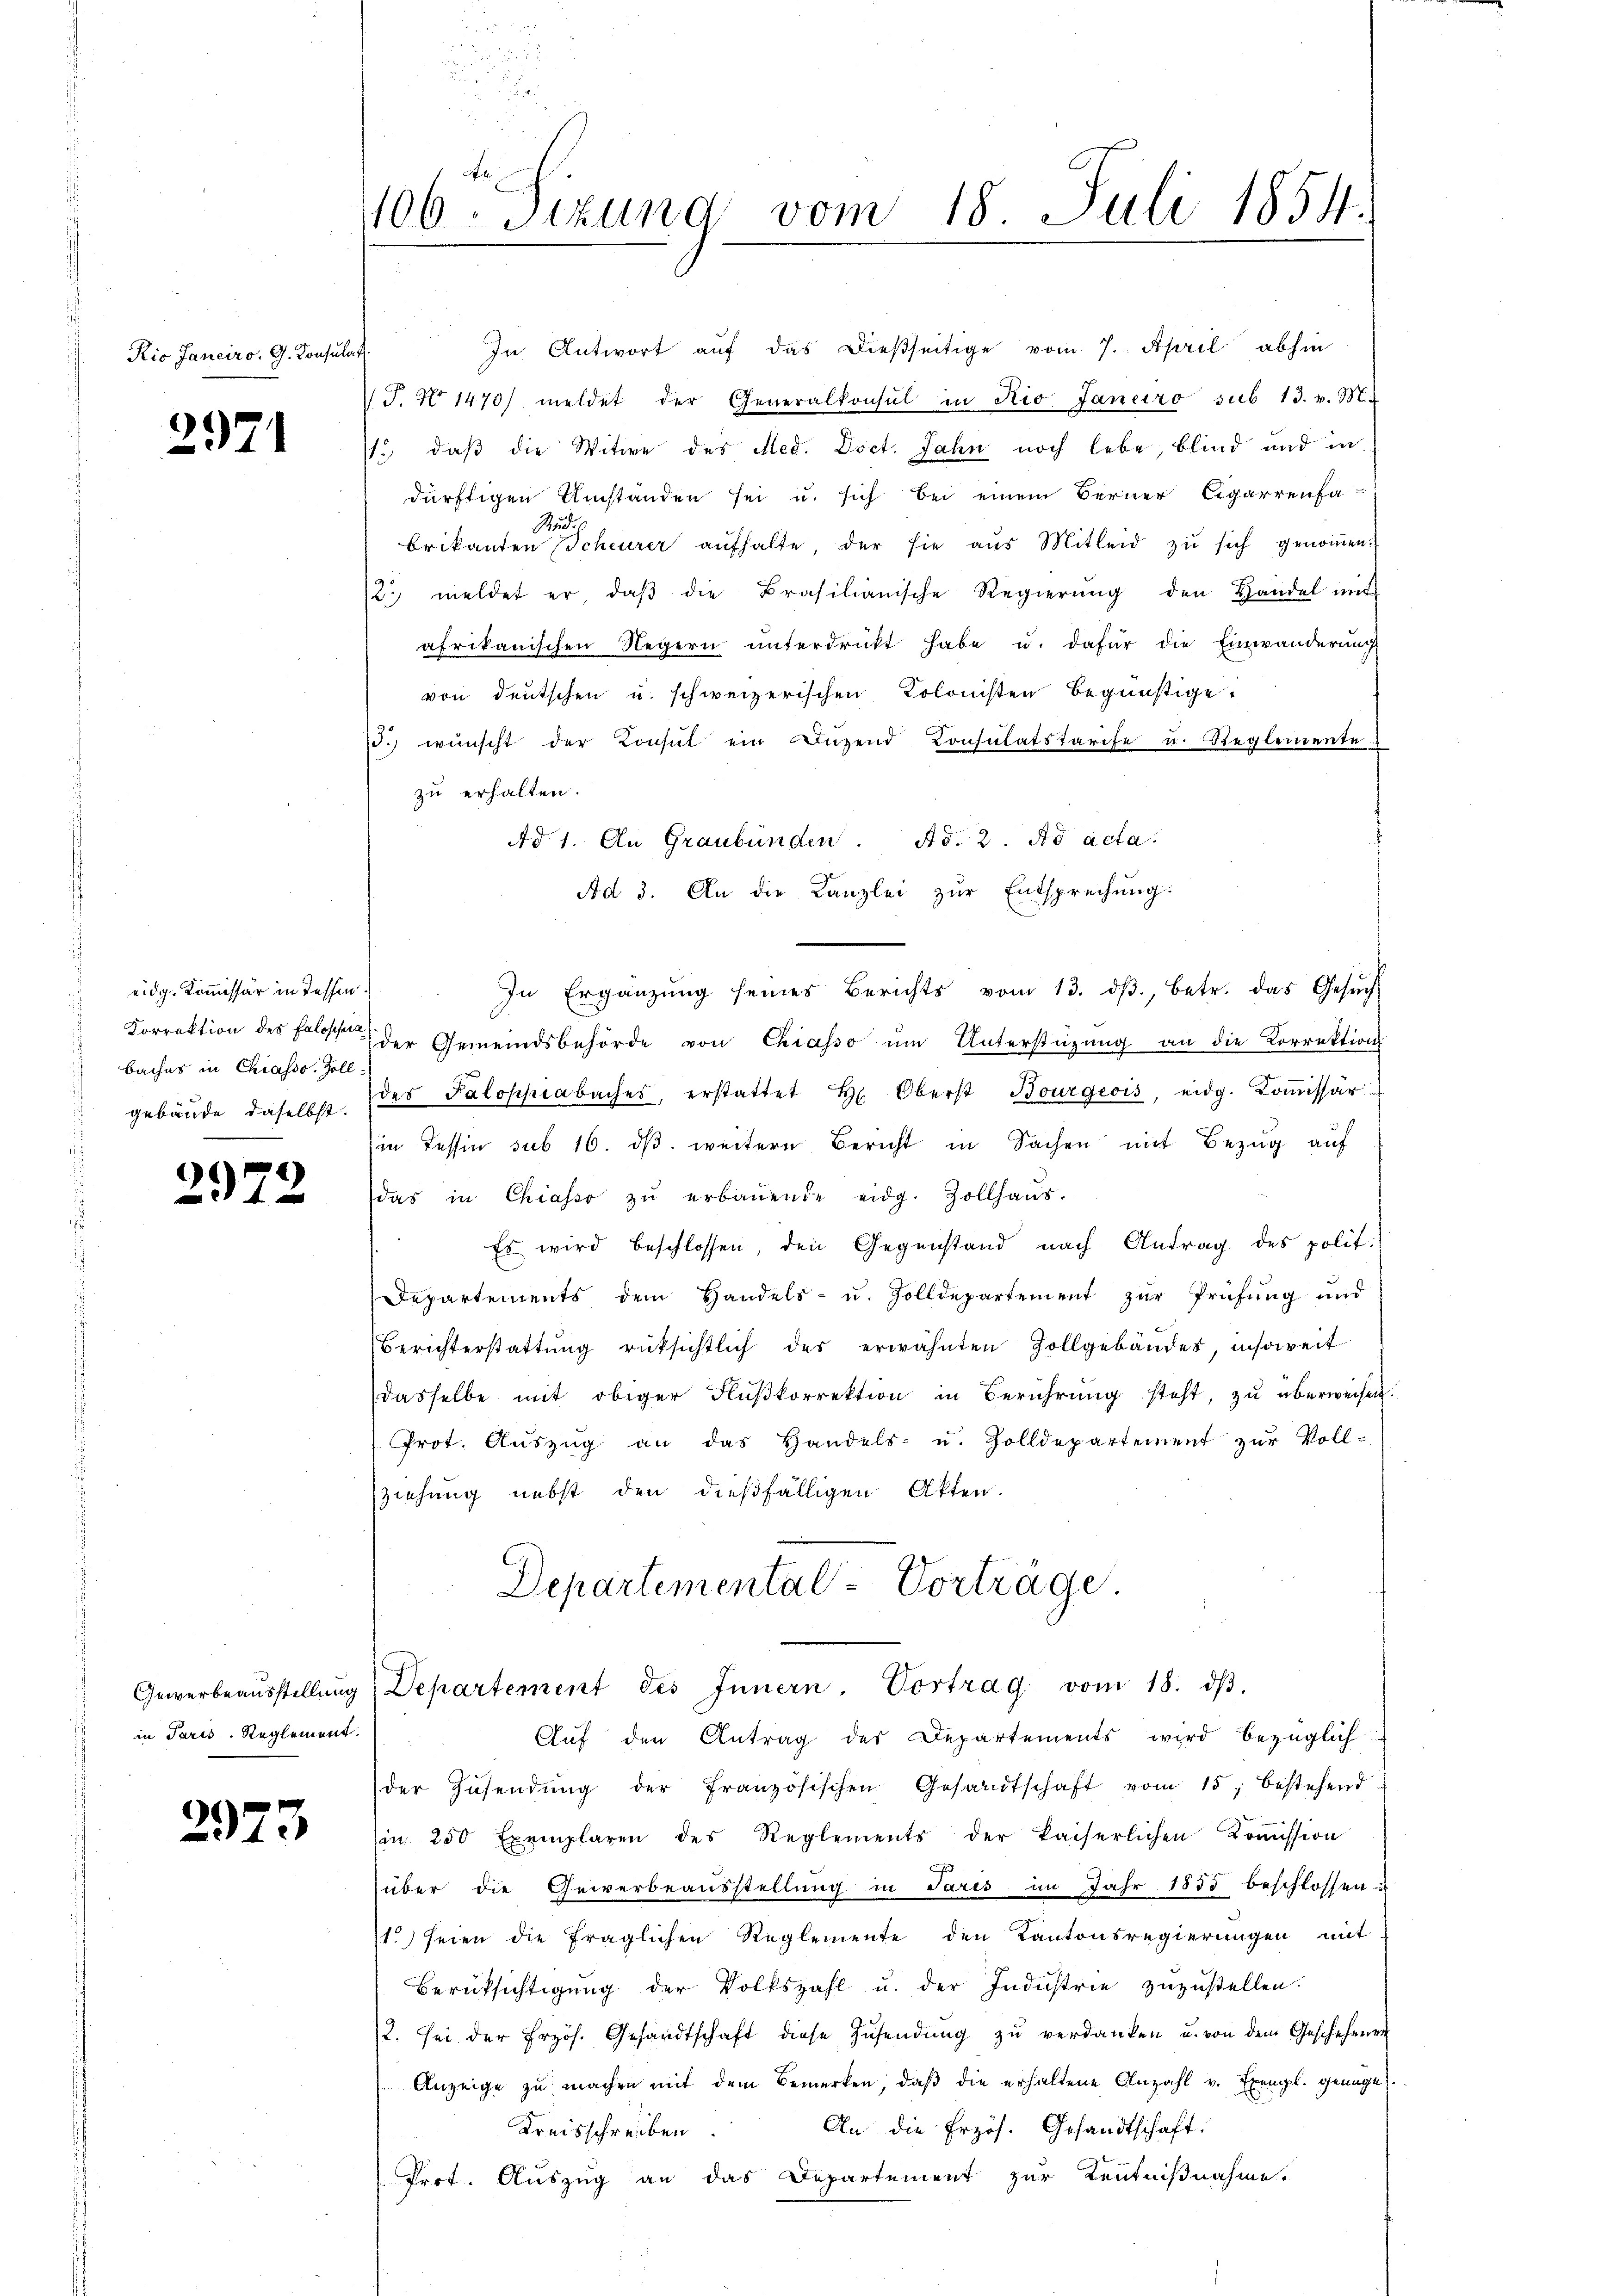
Kio Janeiro, G. Consulat

2971

eidg. Kommissär in dessen.
baches in Chiasso. Zoll-
.

2972

in Paris. Reglement.

9
173

u
1106. Sizung vom 18. Juli 1854.

In Antwort aŭf das dießseitige vom 7. April abhin
V J. No 1470) meldet der Generalkonsul in Rio Janeiro sub 13. v. M.
.) daß die Witwe des Med. Doct. Jahn noch lebe, blind und in
dürftigen Umständen sei u. sich bei einem Berner Cigarrenfa
Stude
brikanten Scheurer aŭfhalte, der sie aŭs Mitleid zŭ sich genoṁen.
12. meldet er, daβ die Brasilianische Regierŭng den Handel mit
afrikanischen Negern ŭnterdrückt habe u. dafür die Einwänderung
von deutschen u. schweizerischen Kolonisten begünstige.
23.) wünscht der Konsŭt ein Lŭzend Consulatstarife u. Reglemente
zu erhalten.
Ad 1. An Graubünden. Ad. 2. No acta.
Ad 3. An die Kanzlei zur Entsprechung:
In Ergänzŭng seines Berichts vom 13. dβ, betr. das Gesŭch
Korrektion des Folge der Gemeindsbehörde von Chiasso um Unterstützung an die Korrektion
gebäŭde daselbst. des Paloschwabaches, erstattet H. Oberst Bourgeois, eidg. Koṁissär
in Tessin sub 16. dβ. weitere Bericht in Sachen mit Bezug auf
das in Chiasso zŭ erbauende eidg. Zollhaŭs.
Es wird beschlossen, den Gegenstand nach Antrag des polit.
Departements dem Handels- u. Zolldepartement zur Prüfung und
Berichterstattŭng rüksichtlich des erwähnten Zollgebäudes, insoweit
dasselbe mit obiger Flußkorrektion in Berührung steht, zu überweisen.
Prot. Aŭszŭg an das Handels- u. Zolldepartement zŭr Voll-
ziehung nebst den dießfälligen Akten.
Departemental-Vorträge.
Gewerbeaŭsstellŭng Departement des Innern, Vortrag vom 18. dβ.
Auf den Antrag des Departements wird bezüglich
der Zusendŭng der französischen Gesandtschaft vom 15. bestehend
(in 250 Exemplaren des Reglements der kaiserlichen Koṁission
f
über die Gewerbeausstellung in Paris im Jahr 1855 beschlossen u
10) seien die fraglichen Reglemente den Kantonsregierungen mit
Berüksichtigŭng der Volkszahl u. der Industrie zŭzŭstellen.
2. sei der Frzös. Gesandtschaft diese Zŭsendŭng zŭ verdanken u. von dem Geschehenen
Anzeige zu machen mit dem Bemerken, daß die erhaltene Anzahl v. Exempl. genüge.
An die Erzös. Gesandtschaft.
Kreisschreiben.
Pret. Auszug an das Departement zur Kenntnißnahme.